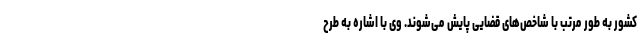
کشور به طور مرتب با شاخص‌های قضایی پایش می‌شوند. وی با اشاره به طرح